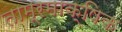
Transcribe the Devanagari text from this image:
ताम्रमाक्षिक